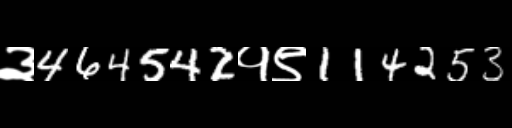
Text: ३464542१९114253